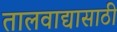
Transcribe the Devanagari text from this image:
तालवाद्यासाठी